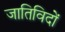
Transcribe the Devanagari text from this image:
जातिविदों